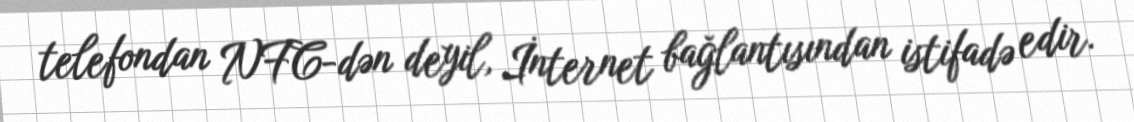
telefondan NFC-dən deyil, İnternet bağlantısından istifadə edir.